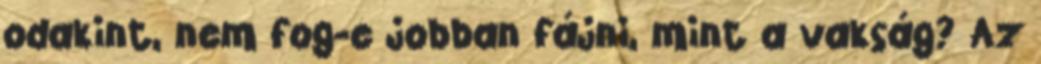
odakint, nem fog-e jobban fájni, mint a vakság? Az